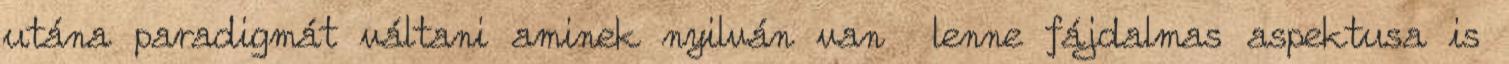
utána paradigmát váltani aminek nyilván van lenne fájdalmas aspektusa is